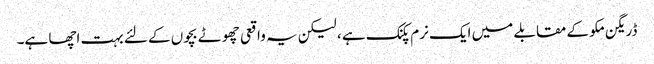
ڈریگن مکو کے مقابلے میں ایک نرم پکنک ہے ، لیکن یہ واقعی چھوٹے بچوں کے لئے بہت اچھا ہے۔